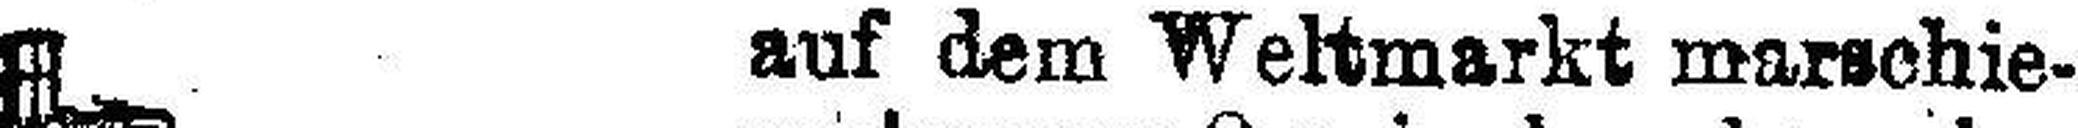
auf dem Weltmarkt marschie¬